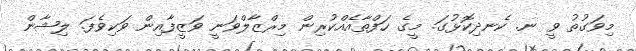
މިވަގުތު ވީ ނ. ކެނދިކޮޅުގަ. މީގެ ހަފްތާއެއްކުރިން މިރްޒާލްވަނީ ވަޒީފާއިން ވަކިވެފަ. ލިޝާން